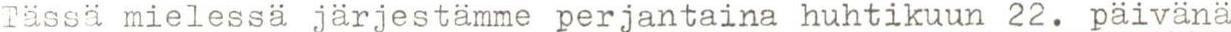
Tässä mielessä järjestämme perjantaina huhtikuun 22. päivänä